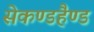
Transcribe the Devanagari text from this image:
सेकण्डहैण्ड